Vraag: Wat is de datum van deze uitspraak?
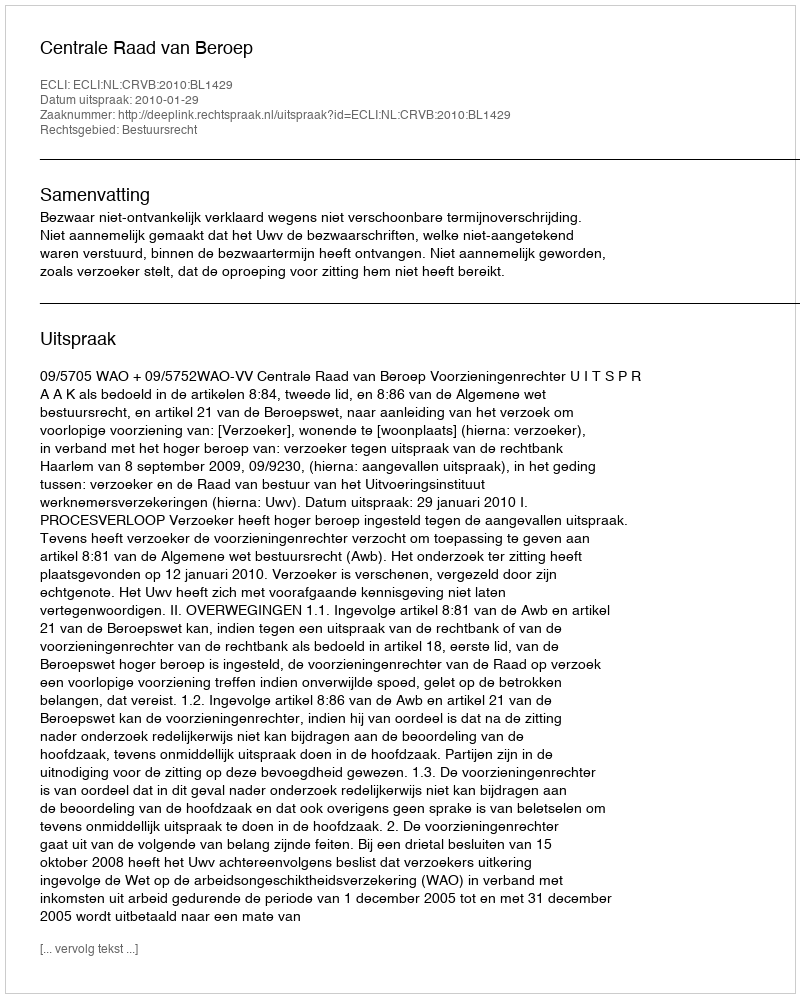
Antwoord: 2010-01-29